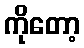
ကိုတော့